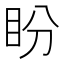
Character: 盼